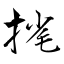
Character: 毮